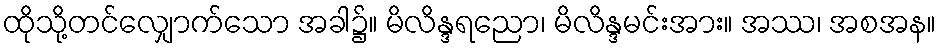
ထိုသို့တင်လျှောက်သော အခါ၌။ မိလိန္ဒရညော၊ မိလိန္ဒမင်းအား။ အဿ၊ အစအန။